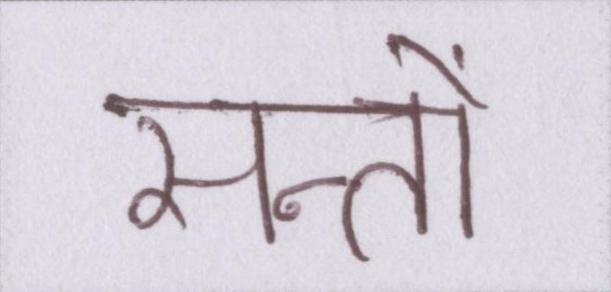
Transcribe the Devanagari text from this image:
सन्तों